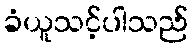
ခံယူသင့်ပါသည်